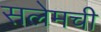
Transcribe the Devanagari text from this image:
सलेमची